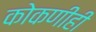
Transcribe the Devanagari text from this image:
कोकणीही